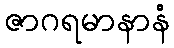
ဇာဂရမာနာနံ